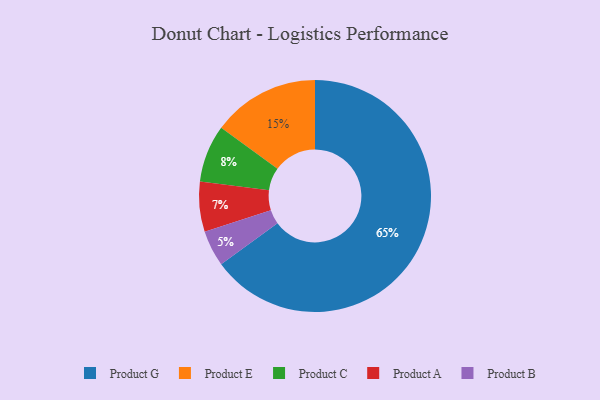
{"axis": {"x": "Category", "y": "Percentage"}, "legend": ["Product A", "Product B", "Product C", "Product E", "Product G"], "data": [{"x": "Product C", "y": 8, "type": "Product C"}, {"x": "Product E", "y": 15, "type": "Product E"}, {"x": "Product G", "y": 65, "type": "Product G"}, {"x": "Product A", "y": 7, "type": "Product A"}, {"x": "Product B", "y": 5, "type": "Product B"}]}